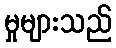
မှုများသည်